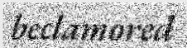
beclamored